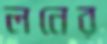
লনের